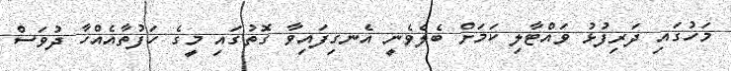
މަހުގައި ދަރިފުޅު ވައްޓާލި ކަމަށް ބެލެވެނީ އެނގިފައިވާ ގޮތުގައި މީގެ ހަފުތާއެއްހާ ދުވަސް